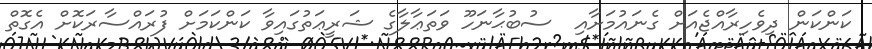
ކަންކަން ދިވެހިރާއްޖެއަށް ގެނައުމަށާއި  ސުބުޙާނަހޫ ވަތަޢާލާގެ ޝަރީޢަތުގައިވާ ކަންކަމަށް ފުރައްސާރަކޮށް އެގޮތް